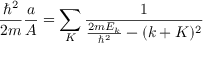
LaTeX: { \frac { \hbar ^ { 2 } } { 2 m } } { \frac { a } { A } } = \sum _ { K } { \frac { 1 } { { \frac { 2 m E _ { k } } { \hbar ^ { 2 } } } - ( k + K ) ^ { 2 } } }